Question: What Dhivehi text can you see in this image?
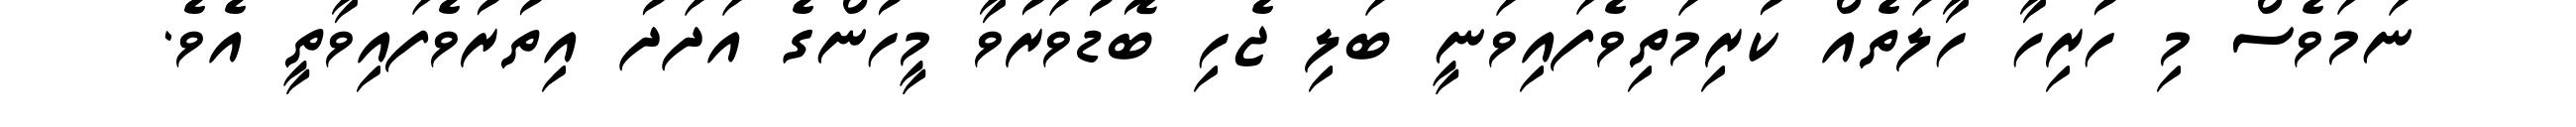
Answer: ނަމަވެސް މި ހުރިހާ ހާލަތެއް ކުރިމަތިވެފައިވަނީ ބަލި ޖެހި ބޮޑުވަރުވާ މީހުންގެ އަދަދު އިތުރުވެފައިވާތީ އެވެ.